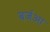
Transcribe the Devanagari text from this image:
बर्जआ